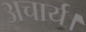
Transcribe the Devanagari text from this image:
अचार्य।